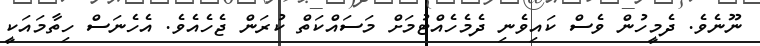
ނޫނެވެ. ދެމީހުން ވެސް ކައިވެނި ދެމެހެއްޓުމަށް މަސައްކަތް ކުރަން ޖެހެއެެވެ. އެހެނަސް ހިތާމައަކީ